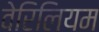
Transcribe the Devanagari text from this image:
वेरिलियम